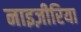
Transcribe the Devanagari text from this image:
नाइज़ीरिया